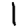
Digit: 1